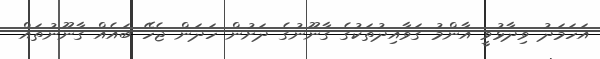
އަހަމަދު ވިދާޅުވީ އާންމު ގަވާއިދުތަކުގެ ގާނޫނުގެ ދަށުން ހަދަން ޖެހޭ ބައެއް ގާނޫނުތައް